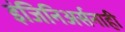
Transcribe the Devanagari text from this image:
इंजिनिअर्सनाही